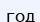
год